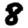
Digit: 8